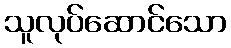
သူလုပ်ဆောင်သော